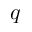
q